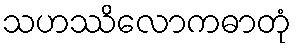
သဟဿိလောကဓာတုံ